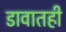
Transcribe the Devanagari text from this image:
डावातही